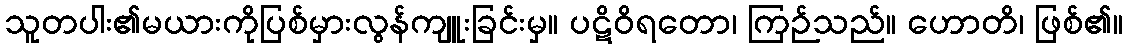
သူတပါး၏မယားကိုပြစ်မှားလွန်ကျူးခြင်းမှ။ ပဋိဝိရတော၊ ကြဉ်သည်။ ဟောတိ၊ ဖြစ်၏။